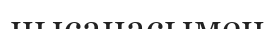
нысанасымен